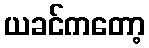
ယခင်ကတော့